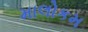
માલોકમ